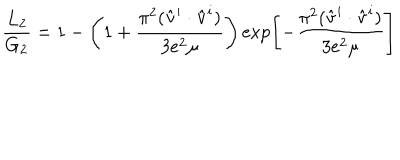
LaTeX: \frac { L _ { 2 } } { G _ { 2 } } = 1 - \left( 1 + \frac { \pi ^ { 2 } ( \hat { \bf v } ^ { i } \cdot \hat { \bf v } ^ { i } ) } { 3 e ^ { 2 } \mu } \right) \exp \left[ - \frac { \pi ^ { 2 } ( \hat { \bf v } ^ { i } \cdot \hat { \bf v } ^ { i } ) } { 3 e ^ { 2 } \mu } \right]